Annual statistical returns and brief notes on vaccination in Bengal - 1896-1909
Year: 1896
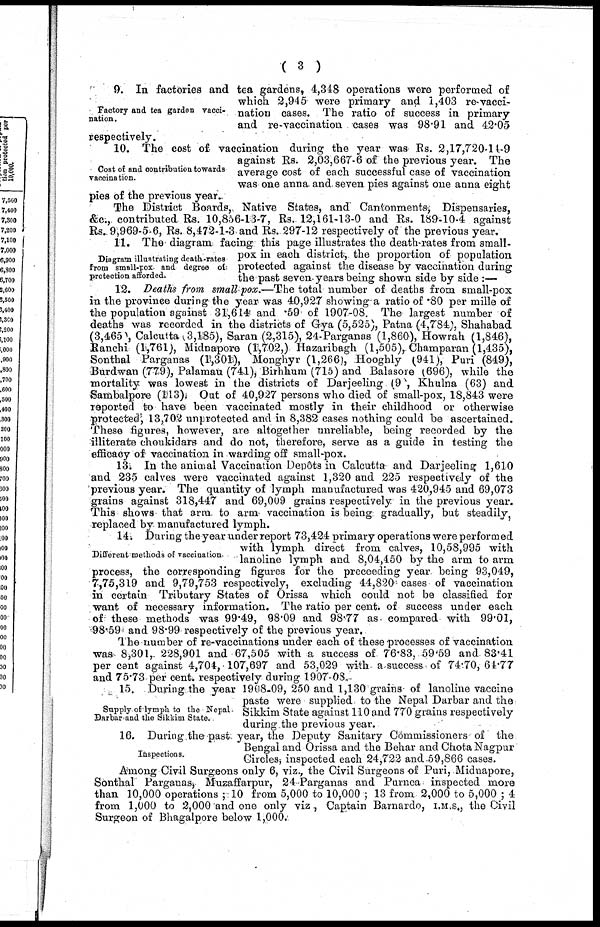
( 3 )
Factory and tea garden vacci-
nation.
9. In factories and tea gardens, 4,348 operations were performed of
which 2,945 were primary and 1,403 re-vacci-
nation cases. The ratio of success in primary
and re-vaccination cases was 98.91 and 42.05
respectively.
Cost of and contribution towards
vaccination.
10. The cost of vaccination during the year was Rs. 2,17,720-14-9
against Rs. 2,03,667-6 of the previous year. The
average cost of each successful case of vaccination
was one anna and. seven pies against one anna eight
pies of the previous year.
The District Boards, Native States, and Cantonments, Dispensaries,
&c., contributed Rs. 10,856-13-7, Rs. 12,161-13-0 and Rs. 189-10-4 against
Rs. 9,969-5-6, Rs. 8,472-1-3 and Rs. 297-12 respectively of the previous year.
Diagram illustrating death rates
from small-pox and degree of
protection afforded.
11. The diagram facing this page illustrates the death-rates from small-
pox in each district, the proportion of population
protected against the disease by vaccination during
the past seven years being shown side by side :—
12. Deaths from small pox.—The total number of deaths from small-pox
in the province during the year was 40,927 showing a ratio of .80 per mille of
the population against 31,614 and .59 of 1907-08. The largest number of
deaths was recorded in the districts of Gya (5,525), Patna (4,784), Shahabad
(3,465), Calcutta( 3,185), Saran (2,315), 24-Parganas (1,860), Howrah (1,846),
Ranchi (1,761), Midnapore (1,702,) Hazaribagh (1,505), Champaran (1,435),
Sonthal Parganas (1,301), Monghyr (1,266), Hooghly (941), Puri (849),
Burdwan (779), Palamau (741), Birhhum (715) and Balasore (696), while the
mortality was lowest in the districts of Darjeeling (9 , Khulna (63) and
Sambalpore (113). Out of 40,927 persons who died of small-pox, 18,843 were
reported to have been vaccinated mostly in their childhood or otherwise
protected, 13,702 unprotected and in 8,382 cases nothing could be ascertained.
These figures, however, are altogether unreliable, being recorded by the
illiterate choukidars and do not, therefore, serve as a guide in testing the
efficacy of vaccination in warding off small-pox.
13. In the animal Vaccination Depôts in Calcutta and Darjeeling 1,610
and 235 calves were vaccinated against 1,320 and 225 respectively of the
previous year. The quantity of lymph manufactured was 420,945 and 69,073
grains against 318,447 and 69,009 grains respectively in the previous year.
This shows that arm. to arm vaccination is being gradually, but steadily,
replaced by manufactured lymph.
Different methods of vaccination.
14. During the year under report 73,424 primary operations were performed
with lymph direct from calves, 10,58,995 with
lanoline lymph and 8,04,450 by the arm to arm
process, the corresponding figures for the preceeding year being 93,049,
7,75,319 and 9,79,753 respectively, excluding 44,820 cases of vaccination
in certain Tributary States of Orissa which could not be classified for
want of necessary information. The ratio per cent. of success under each
of these methods was 99.49, 98.09 and 98.77 as compared with 99.01,
98.59 and 98.99 respectively of the previous year.
The number of re-vaccinations under each of these processes of vaccination
was 8,301, 228,901 and 67,505 with a success of 76.83, 59.59 and. 83.41
per cent against 4,704, 107,697 and 53,029 with a success of 74.70, 64.77
and 75.73 per cent. respectively during 1907-08.
Supply of lymph to the Nepal
Darbar and the Sikkim State.
15. During the year 1908-09, 250 and 1,130 grains- of lanoline vaccine
paste were supplied to the Nepal Darbar and the
Sikkim State against 110 and 770 grains respectively
during the previous year.
Inspections.
16. During the past year, the Deputy Sanitary Commissioners of the
Bengal and Orissa and the Behar and Chota Nagpur
Circles, inspected each 24,722 and 59,866 cases.
Among Civil Surgeons only 6, viz., the Civil Surgeons of Puri, Midnapore,
Sonthal Parganas, Muzaffarpur, 24-Parganas and Purnea inspected more
than 10,000 operations ;10 from 5,000 to 10,000; 13 from 2,000 to 5,000 ; 4
from 1,000 to 2,000 and one only viz, Captain Barnardo, I.M.S., the Civil
Surgeon of Bhagalpore below 1,000.